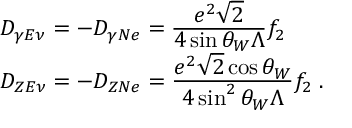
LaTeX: \begin{array} { l } { { D _ { \gamma E \nu } = - D _ { \gamma N e } = \frac { \displaystyle e ^ { 2 } \sqrt { 2 } } { \displaystyle 4 \sin \theta _ { W } \Lambda } f _ { 2 } } } \\ { { D _ { Z E \nu } = - D _ { Z N e } = \frac { \displaystyle e ^ { 2 } \sqrt { 2 } \cos \theta _ { W } } { \displaystyle 4 \sin ^ { 2 } \theta _ { W } \Lambda } f _ { 2 } \; . } } \end{array}